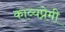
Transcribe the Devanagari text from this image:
काव्यप्रेमी